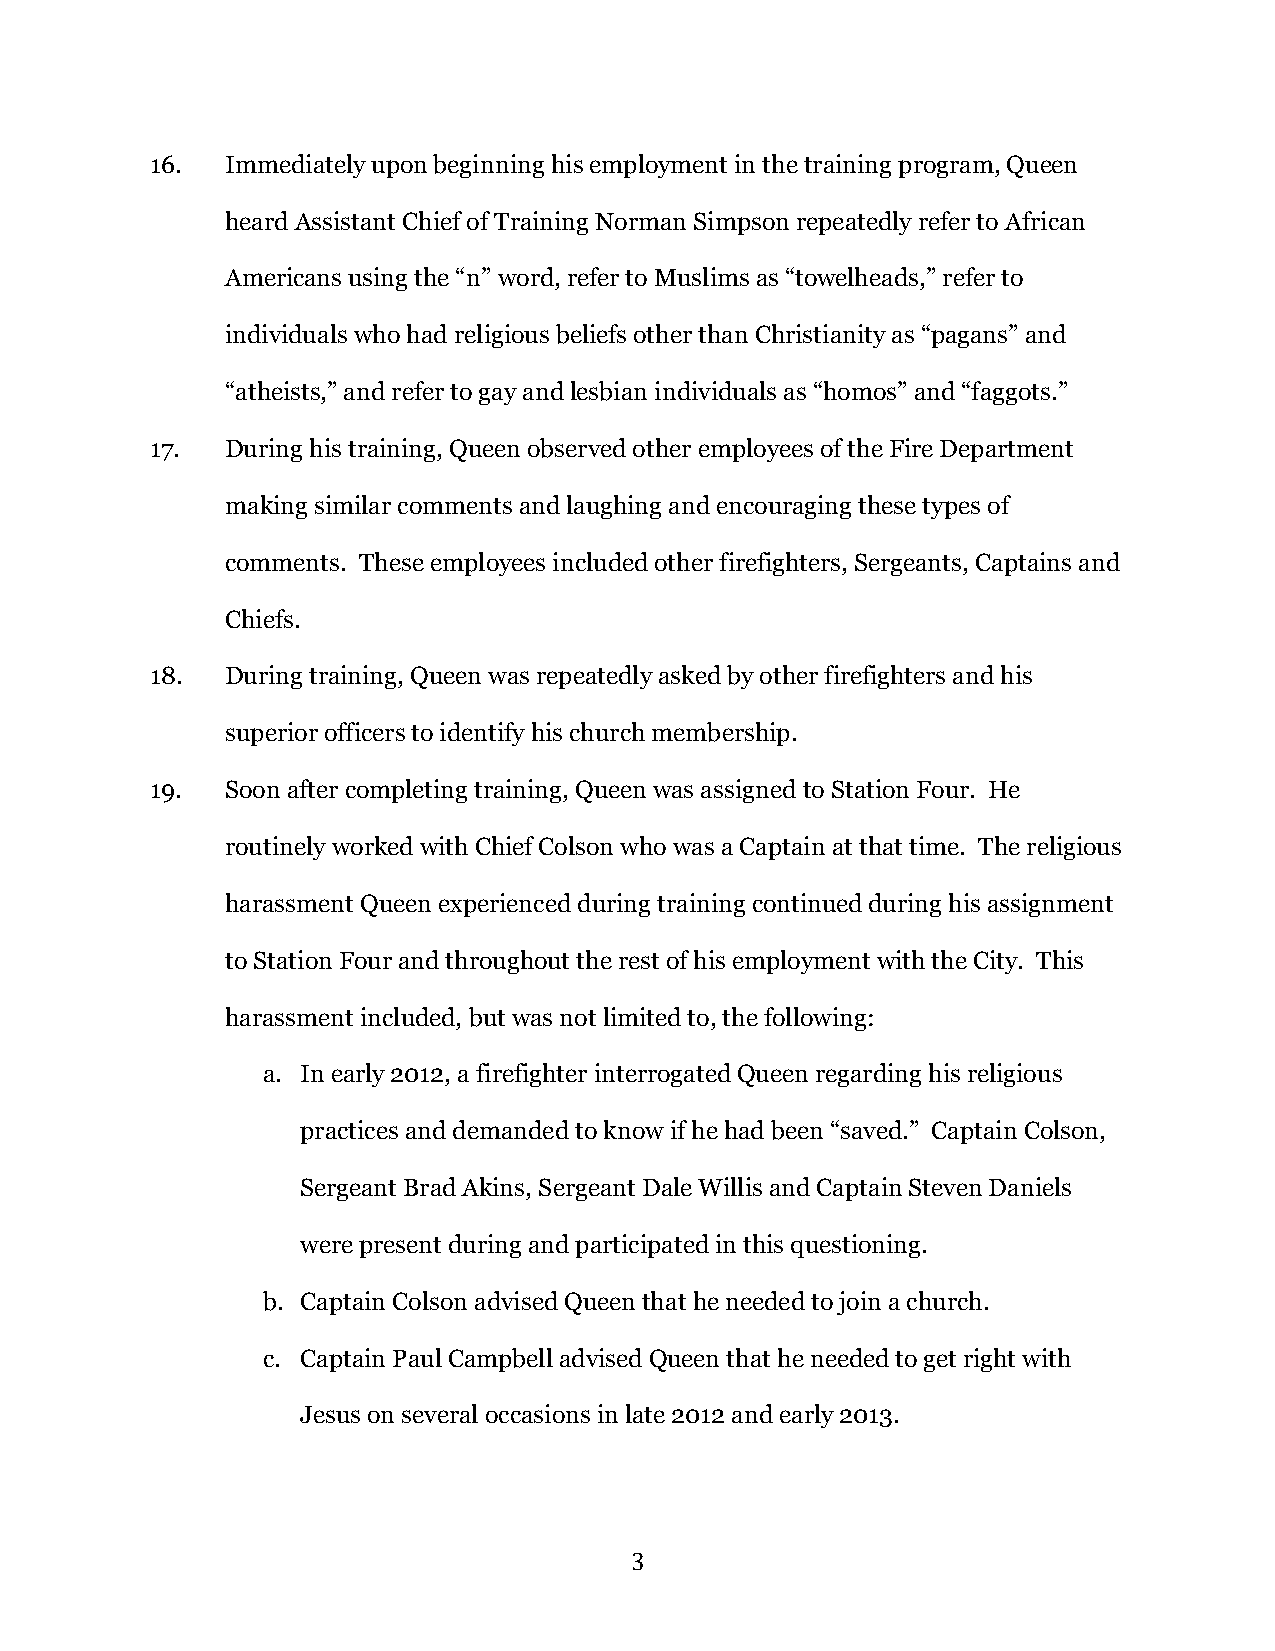
16.  Immediately upon beginning his employment in the training program, Queen
 heard Assistant Chief of Training Norman Simpson repeatedly refer to African
 Americans using the “n” word, refer to Muslims as “towelheads,” refer to
 individuals who had religious beliefs other than Christianity as “pagans” and
 “atheists,” and refer to gay and lesbian individuals as “homos” and “faggots.”
 17.  During his training, Queen observed other employees of the Fire Department
 making similar comments and laughing and encouraging these types of
 comments. These employees included other firefighters, Sergeants, Captains and
 Chiefs.
 18.  During training, Queen was repeatedly asked by other firefighters and his
 superior officers to identify his church membership.
 19.  Soon after completing training, Queen was assigned to Station Four. He
 routinely worked with Chief Colson who was a Captain at that time. The religious
 harassment Queen experienced during training continued during his assignment
 to Station Four and throughout the rest of his employment with the City. This
 harassment included, but was not limited to, the following:
 a. In early 2012, a firefighter interrogated Queen regarding his religious
 practices and demanded to know if he had been “saved.” Captain Colson,
 Sergeant Brad Akins, Sergeant Dale Willis and Captain Steven Daniels
 were present during and participated in this questioning.
 b. Captain Colson advised Queen that he needed to join a church.
 c. Captain Paul Campbell advised Queen that he needed to get right with
 Jesus on several occasions in late 2012 and early 2013.
 3